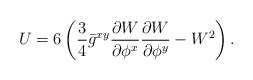
\begin{align*}U=6\left(\frac{3}{4}\bar{g}^{xy}\frac{\partial{W}}{\partial{\phi^{x}}}\frac{\partial{W}}{\partial{\phi^{y}}}-W^{2}\right).\end{align*}